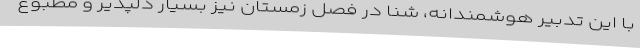
با این تدبیر هوشمندانه، شنا در فصل زمستان نیز بسیار دلپذیر و مطبوع